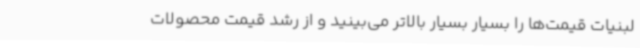
لبنیات قیمت‌ها را بسیار بسیار بالاتر می‌بینید و از رشد قیمت محصولات